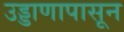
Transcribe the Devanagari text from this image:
उड्डाणापासून